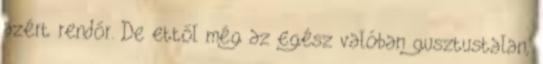
azért rendőr. De ettől még az egész valóban gusztustalan,